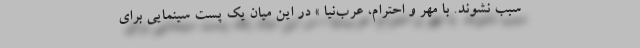
سبب نشوند. با مهر و احترام، عرب‌نیا » در این میان یک پست سینمایی برای